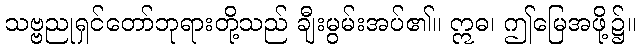
သဗ္ဗညုရှင်တော်ဘုရားတို့သည် ချီးမွမ်းအပ်၏။ ဣဓ၊ ဤမြေအဖို့၌။